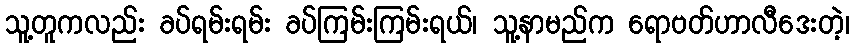
သူ့တူကလည်း ခပ်ရမ်းရမ်း ခပ်ကြမ်းကြမ်းရယ်၊ သူ့နာမည်က ရောဗတ်ဟာလီဒေးတဲ့၊